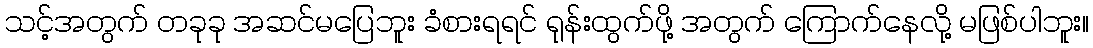
သင့်အတွက် တခုခု အဆင်မပြေဘူး ခံစားရရင် ရုန်းထွက်ဖို့ အတွက် ကြောက်နေလို့ မဖြစ်ပါဘူး။